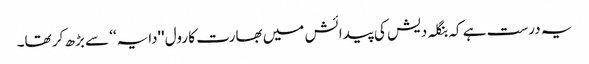
یہ درست ہے کہ بنگلہ دیش کی پیدائش میں بھارت کا رول ''دایہ‘‘ سے بڑھ کر تھا۔